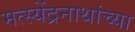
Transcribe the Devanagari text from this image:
मत्स्येंद्रनाथांच्या